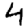
Digit: 4